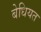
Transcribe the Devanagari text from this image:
बेधियत